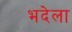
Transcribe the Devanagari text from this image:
भदेला